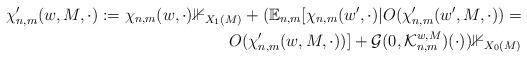
LaTeX: \begin{align*} \chi_{n,m}'(w, M, \cdot) := \chi_{n,m}(w, \cdot) \mathbb{1}_{X_1(M)} + (\mathbb{E}_{n,m}[\chi_{n,m}(w', \cdot) | O(\chi_{n,m}'(w', M, \cdot)) = \\ O(\chi_{n,m}'(w, M, \cdot))] + \mathcal{G}(0, \mathcal{K}_{n,m}^{w,M})(\cdot)) \mathbb{1}_{X_0(M)} \end{align*}